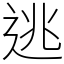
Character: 逃